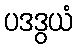
ပဒဒွယံ